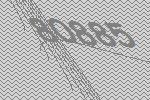
80885